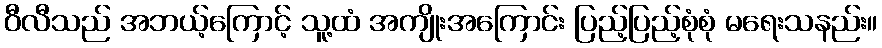
ဝီလီသည် အဘယ့်ကြောင့် သူ့ထံ အကျိုးအကြောင်း ပြည့်ပြည့်စုံစုံ မရေးသနည်း။